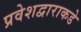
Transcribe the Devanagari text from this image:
प्रवेशद्वाराकडे